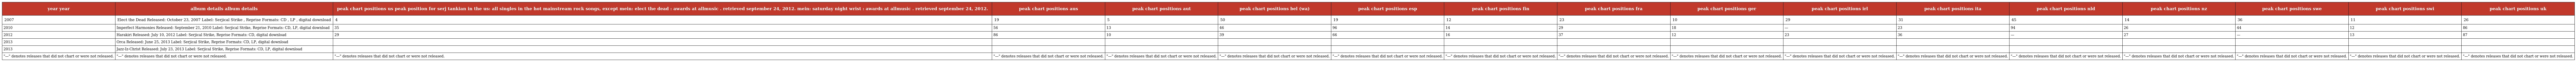
| year year | album details album details | peak chart positions us peak position for serj tankian in the us: all singles in the hot mainstream rock songs, except mein: elect the dead : awards at allmusic . retrieved september 24, 2012. mein: saturday night wrist : awards at allmusic . retrieved september 24, 2012. | peak chart positions aus | peak chart positions aut | peak chart positions bel (wa) | peak chart positions esp | peak chart positions fin | peak chart positions fra | peak chart positions ger | peak chart positions irl | peak chart positions ita | peak chart positions nld | peak chart positions nz | peak chart positions swe | peak chart positions swi | peak chart positions uk |
 | --- | --- | --- | --- | --- | --- | --- | --- | --- | --- | --- | --- | --- | --- | --- | --- | --- |
 | 2007 | Elect the Dead Released: October 23, 2007 Label: Serjical Strike , Reprise Formats: CD , LP , digital download | 4 | 19 | 5 | 50 | 19 | 12 | 23 | 10 | 29 | 31 | 45 | 14 | 36 | 11 | 26 |
 | 2010 | Imperfect Harmonies Released: September 21, 2010 Label: Serjical Strike, Reprise Formats: CD, LP, digital download | 35 | 56 | 13 | 46 | 96 | 14 | 29 | 18 | — | 23 | 94 | 26 | 44 | 12 | 86 |
 | 2012 | Harakiri Released: July 10, 2012 Label: Serjical Strike, Reprise Formats: CD, digital download | 29 | 86 | 10 | 39 | 66 | 16 | 37 | 12 | 23 | 36 | — | 27 | — | 13 | 87 |
 | 2013 | Orca Released: June 25, 2013 Label: Serjical Strike, Reprise Formats: CD, LP, digital download |  |  |  |  |  |  |  |  |  |  |  |  |  |  |  |
 | 2013 | Jazz-Iz-Christ Released: July 23, 2013 Label: Serjical Strike, Reprise Formats: CD, LP, digital download |  |  |  |  |  |  |  |  |  |  |  |  |  |  |  |
 | "—" denotes releases that did not chart or were not released. | "—" denotes releases that did not chart or were not released. | "—" denotes releases that did not chart or were not released. | "—" denotes releases that did not chart or were not released. | "—" denotes releases that did not chart or were not released. | "—" denotes releases that did not chart or were not released. | "—" denotes releases that did not chart or were not released. | "—" denotes releases that did not chart or were not released. | "—" denotes releases that did not chart or were not released. | "—" denotes releases that did not chart or were not released. | "—" denotes releases that did not chart or were not released. | "—" denotes releases that did not chart or were not released. | "—" denotes releases that did not chart or were not released. | "—" denotes releases that did not chart or were not released. | "—" denotes releases that did not chart or were not released. | "—" denotes releases that did not chart or were not released. | "—" denotes releases that did not chart or were not released. |